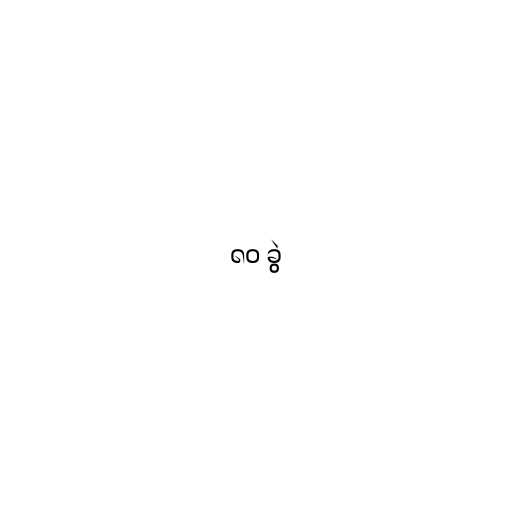
၈၀ ခွဲ